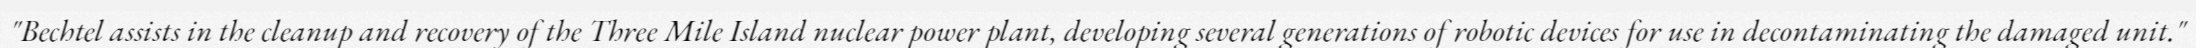
"Bechtel assists in the cleanup and recovery of the Three Mile Island nuclear power plant, developing several generations of robotic devices for use in decontaminating the damaged unit."